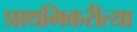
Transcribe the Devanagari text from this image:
प्राथमिकरीत्या